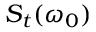
S _ { t } ( \omega _ { 0 } )